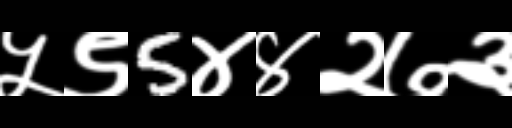
Text: ५९5४४२७३